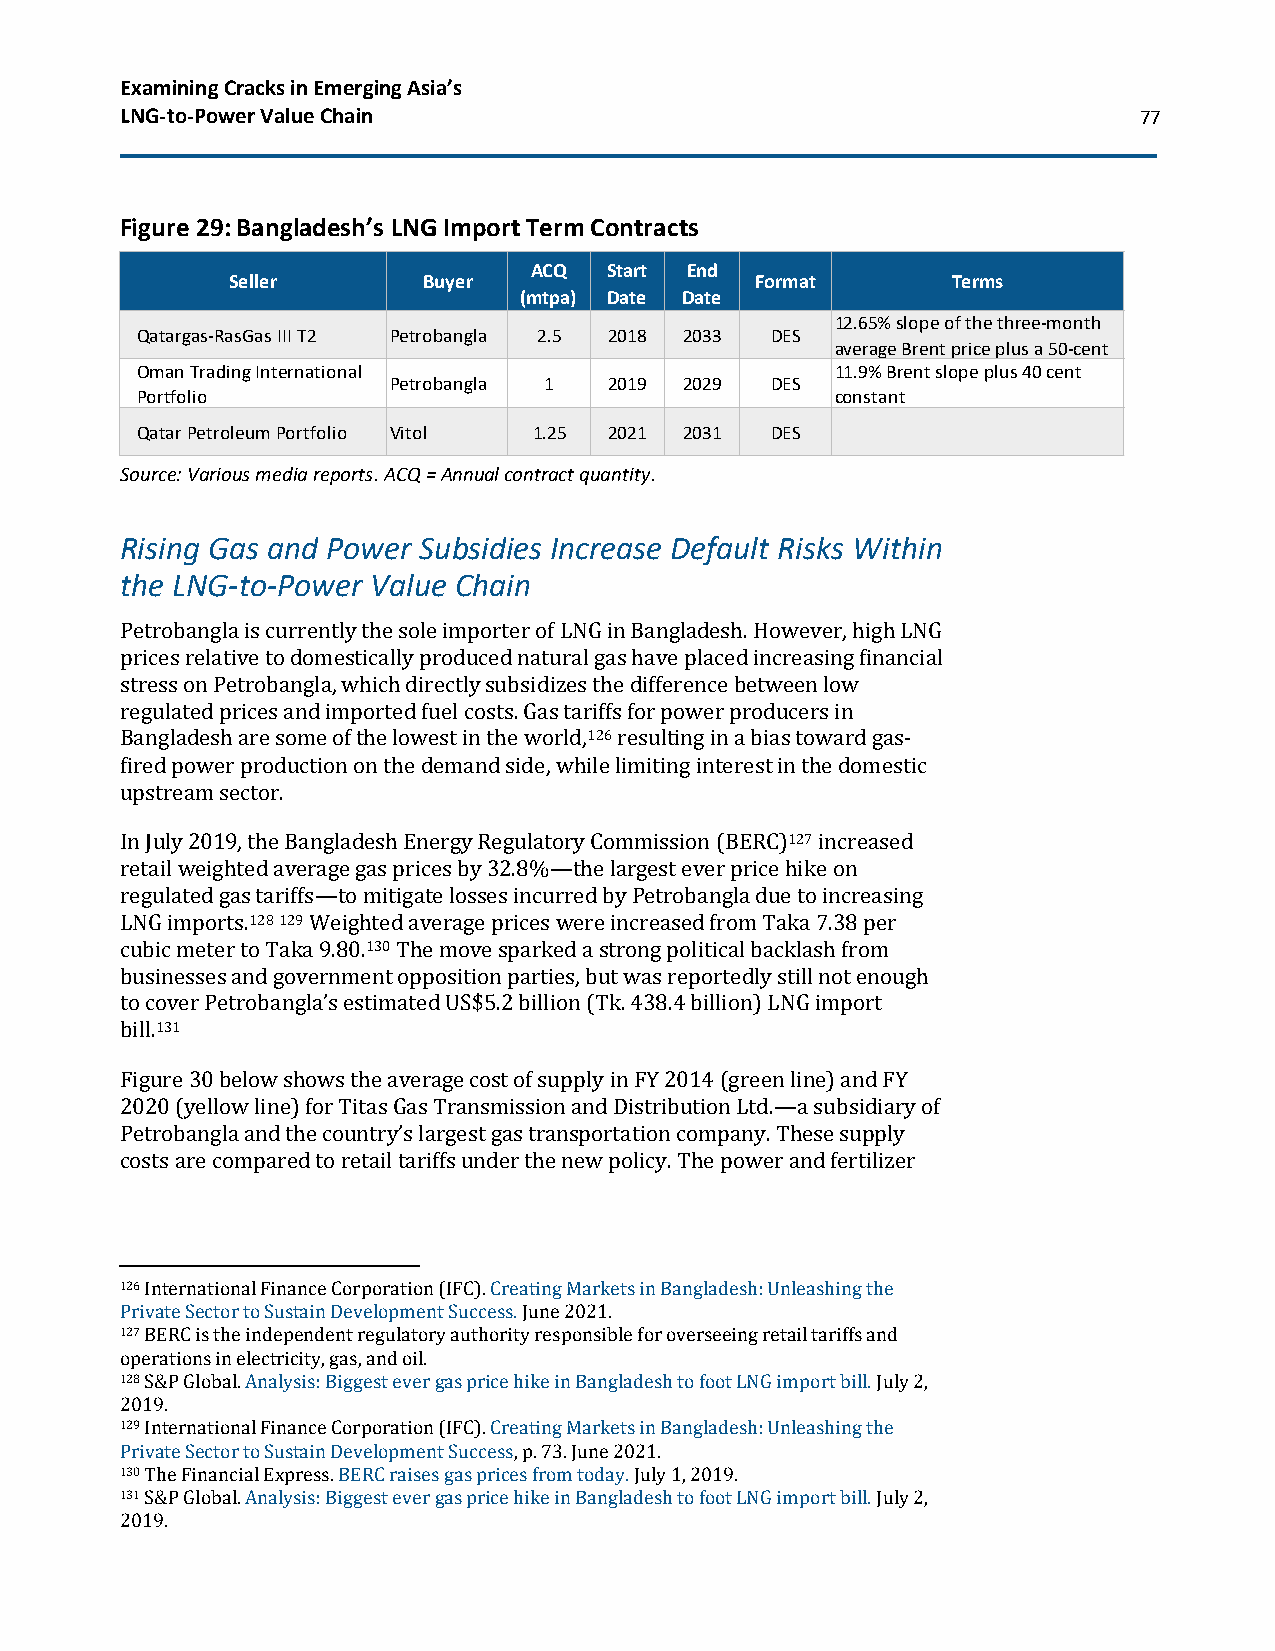
Examining Cracks in Emerging Asia’s
 LNG-to-Power Value Chain                                           77
 Figure 29: Bangladesh’s LNG Import Term Contracts
 ACQ  Start End
 Seller       Buyer                 Format       Terms
 (mtpa) Date Date
 12.65% slope of the three-month
 Qatargas-RasGas III T2 Petrobangla 2.5 2018 2033 DES
 average Brent price plus a 50-cent
 Oman Trading International                    11.9% Brent slope plus 40 cent
 Petrobangla 1 2019 2029  DES
 Portfolio                                     constant
 Qatar Petroleum Portfolio Vitol 1.25 2021 2031 DES
 Source: Various media reports. ACQ = Annual contract quantity.
 Rising Gas and Power Subsidies Increase Default Risks Within
 the LNG-to-Power Value Chain
 Petrobangla is currently the sole importer of LNG in Bangladesh. However, high LNG
 prices relative to domestically produced natural gas have placed increasing financial
 stress on Petrobangla, which directly subsidizes the difference between low
 regulated prices and imported fuel costs. Gas tariffs for power producers in
 Bangladesh are some of the lowest in the world,126 resulting in a bias toward gas-
 fired power production on the demand side, while limiting interest in the domestic
 upstream sector.
 In July 2019, the Bangladesh Energy Regulatory Commission (BERC)127 increased
 retail weighted average gas prices by 32.8%—the largest ever price hike on
 regulated gas tariffs—to mitigate losses incurred by Petrobangla due to increasing
 LNG imports.128 129 Weighted average prices were increased from Taka 7.38 per
 cubic meter to Taka 9.80.130 The move sparked a strong political backlash from
 businesses and government opposition parties, but was reportedly still not enough
 to cover Petrobangla’s estimated US$5.2 billion (Tk. 438.4 billion) LNG import
 bill.131
 Figure 30 below shows the average cost of supply in FY 2014 (green line) and FY
 2020 (yellow line) for Titas Gas Transmission and Distribution Ltd.—a subsidiary of
 Petrobangla and the country’s largest gas transportation company. These supply
 costs are compared to retail tariffs under the new policy. The power and fertilizer
 126 International Finance Corporation (IFC). Creating Markets in Bangladesh: Unleashing the
 Private Sector to Sustain Development Success. June 2021.
 127 BERC is the independent regulatory authority responsible for overseeing retail tariffs and
 operations in electricity, gas, and oil.
 128 S&P Global. Analysis: Biggest ever gas price hike in Bangladesh to foot LNG import bill. July 2,
 2019.
 129 International Finance Corporation (IFC). Creating Markets in Bangladesh: Unleashing the
 Private Sector to Sustain Development Success, p. 73. June 2021.
 130 The Financial Express. BERC raises gas prices from today. July 1, 2019.
 131 S&P Global. Analysis: Biggest ever gas price hike in Bangladesh to foot LNG import bill. July 2,
 2019.